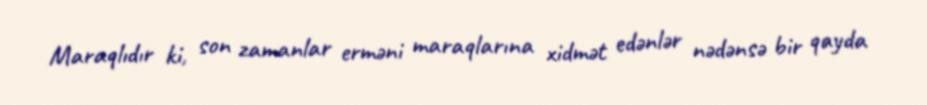
Maraqlıdır ki, son zamanlar erməni maraqlarına xidmət edənlər nədənsə bir qayda